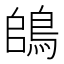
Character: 鴭